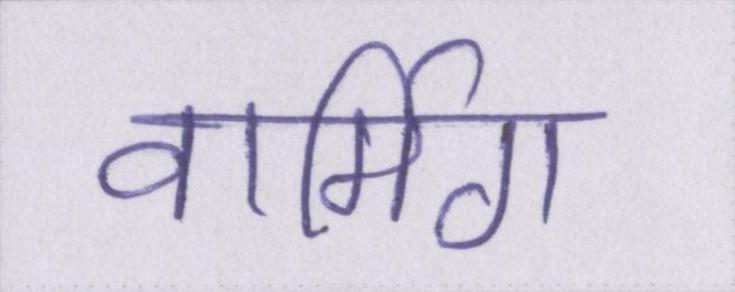
वार्मिग